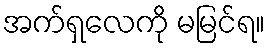
အက်ရှလေကို မမြင်ရ။